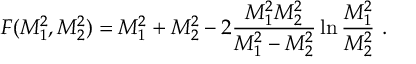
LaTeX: F ( M _ { 1 } ^ { 2 } , M _ { 2 } ^ { 2 } ) = M _ { 1 } ^ { 2 } + M _ { 2 } ^ { 2 } - 2 { \frac { M _ { 1 } ^ { 2 } M _ { 2 } ^ { 2 } } { M _ { 1 } ^ { 2 } - M _ { 2 } ^ { 2 } } } \ln { \frac { M _ { 1 } ^ { 2 } } { M _ { 2 } ^ { 2 } } } \ .